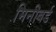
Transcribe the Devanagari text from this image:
मिनीबर्ड